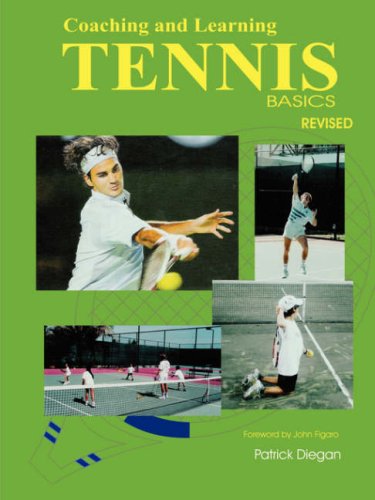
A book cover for Coaching and Learning Tennis Basics Revised; Patrick Diegan; Sports & Outdoors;